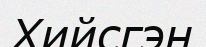
Хийсгэн